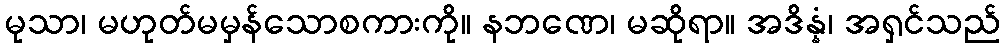
မုသာ၊ မဟုတ်မမှန်သောစကားကို။ နဘဏေ၊ မဆိုရာ။ အဒိန္နံ၊ အရှင်သည်